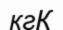
кгК